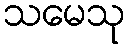
သမေသု